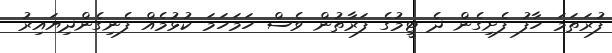
ފުރަތަމަ ހާފު ފެށިގެން ދެ ޓީމުގެ ފަރާތުން ވެސް ހަމަހަމަ ކުޅުމެއް ފެނިގެންދިޔައިރު